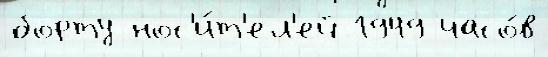
борту нос'и́т'ел'ей 1949 часо́в